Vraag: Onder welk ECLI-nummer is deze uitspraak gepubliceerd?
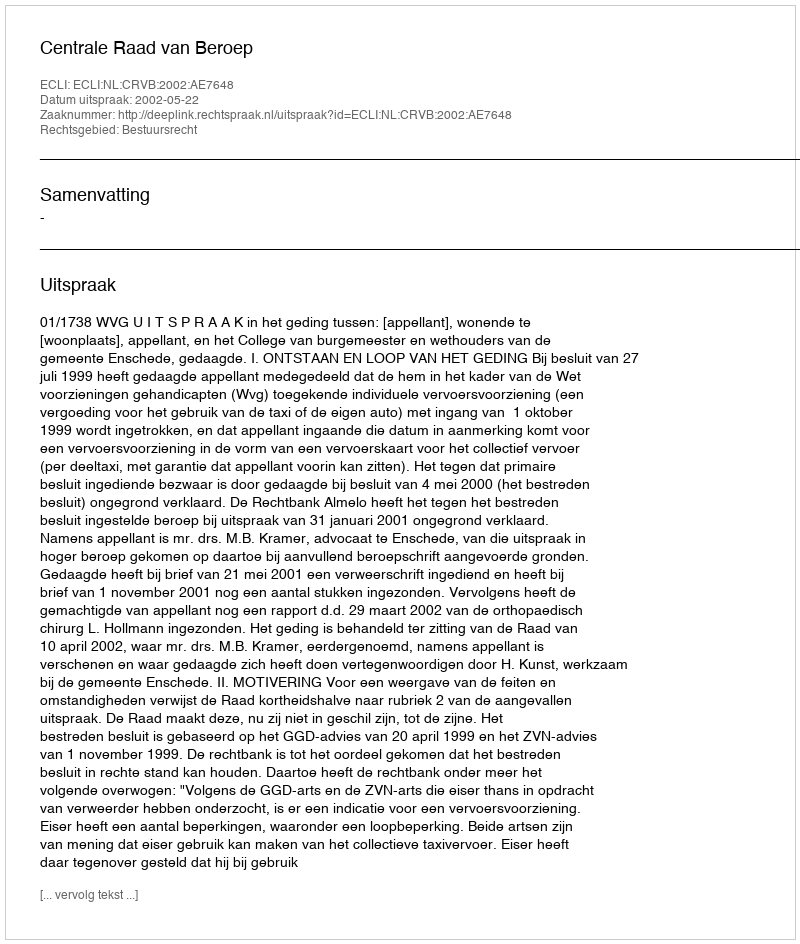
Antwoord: ECLI:NL:CRVB:2002:AE7648